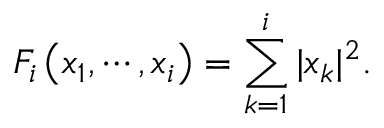
F _ { i } \left( x _ { 1 } , \cdots , x _ { i } \right) = \sum _ { k = 1 } ^ { i } | x _ { k } | ^ { 2 } .